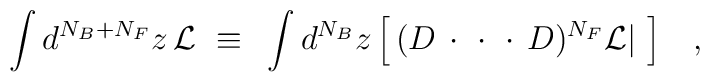
\int d^{N_B + N_F} z \, {\cal L} ~\equiv ~ \int d^{N_B} z \, \Big[ \,(D \, \cdot\,  \, \cdot\, \, \cdot\, D)^{N_F}  {\cal L} | ~ \Big] ~~~,